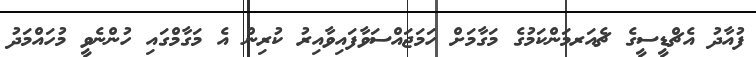
ފުއާދު އެޗްޑީސީގެ ޗެއަރމަންކަމުގެ މަގާމަށް ހަމަޖައްސަވާފައިވާއިރު ކުރިން އެ މަގާމްގައި ހުންނެވީ މުހައްމަދު